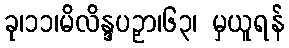
ခု၊၁၁၊မိလိန္ဒပဉှာ၊၆၃၊ မှယူရန်